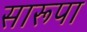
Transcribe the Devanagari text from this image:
सारूपा